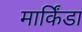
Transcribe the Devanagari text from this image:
मार्किंडा